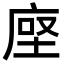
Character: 𫝷